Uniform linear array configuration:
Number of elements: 32
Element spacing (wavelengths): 0.25
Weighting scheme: blackman
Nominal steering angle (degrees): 0
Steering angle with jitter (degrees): -1.992
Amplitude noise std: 0.05
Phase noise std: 0.05

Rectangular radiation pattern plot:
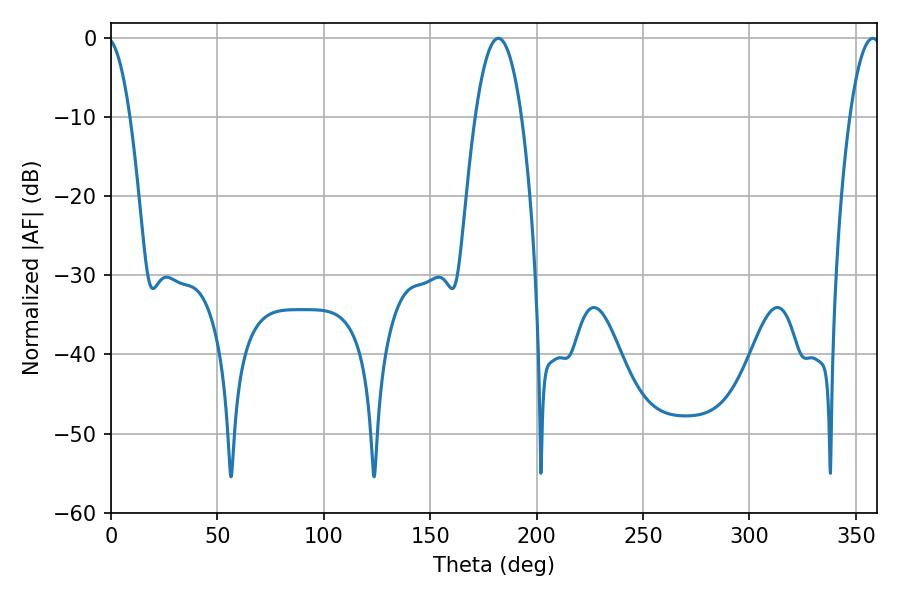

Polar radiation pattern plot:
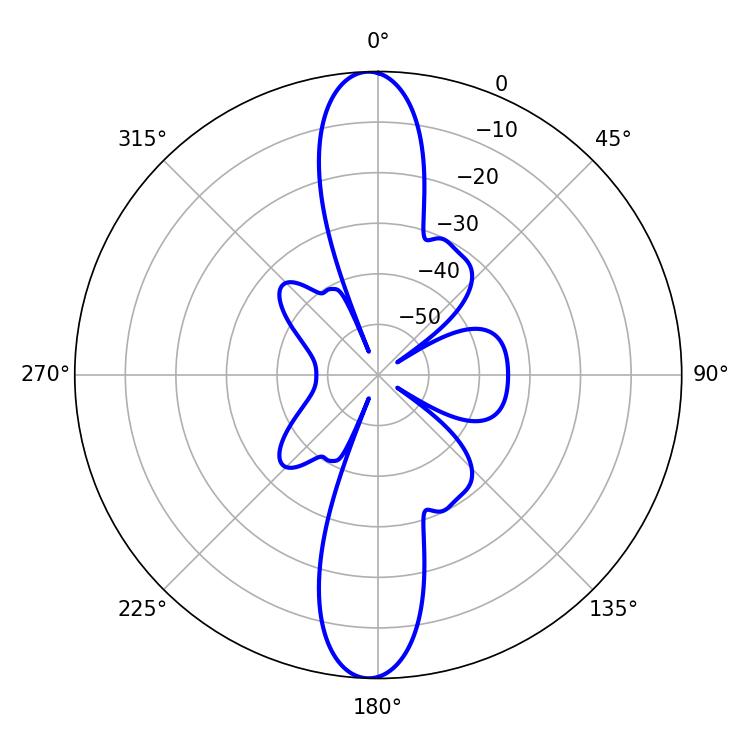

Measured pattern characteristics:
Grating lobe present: FALSE
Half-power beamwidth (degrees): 12.06
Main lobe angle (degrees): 181.98